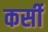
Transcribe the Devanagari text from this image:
कर्सी